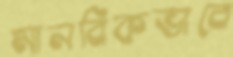
মানবিকভাবে